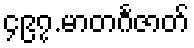
၄၉၇.မာတင်္ဂဇာတ်